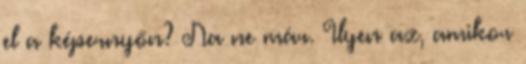
el a képernyőn? Na ne már. Ilyen az, amikor